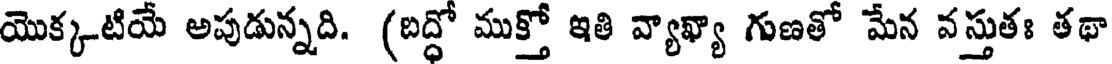
యొక్కటియే అపుడున్నది. (బద్ధో ముక్తో ఇతి వ్యాఖ్యా గుణతో మేన వస్తుతః తథా